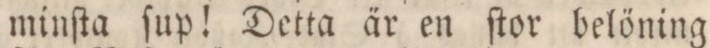
minſta ſup! Detta är en ſtor belöning